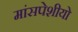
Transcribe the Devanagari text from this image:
मांसपेशीयो